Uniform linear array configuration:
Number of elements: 16
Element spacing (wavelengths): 0.75
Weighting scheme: binomial
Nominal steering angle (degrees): -15
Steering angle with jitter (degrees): -15.912
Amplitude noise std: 0.05
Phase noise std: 0.05

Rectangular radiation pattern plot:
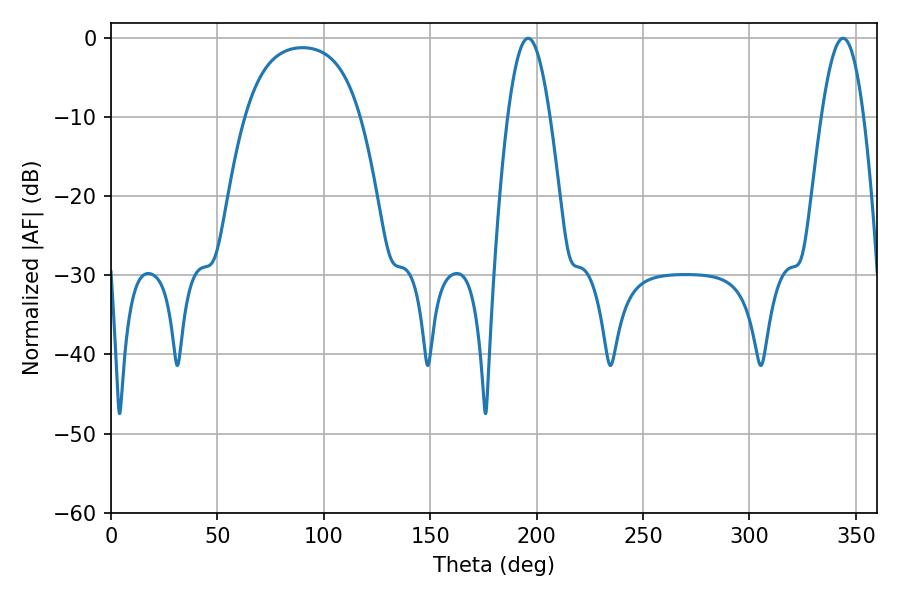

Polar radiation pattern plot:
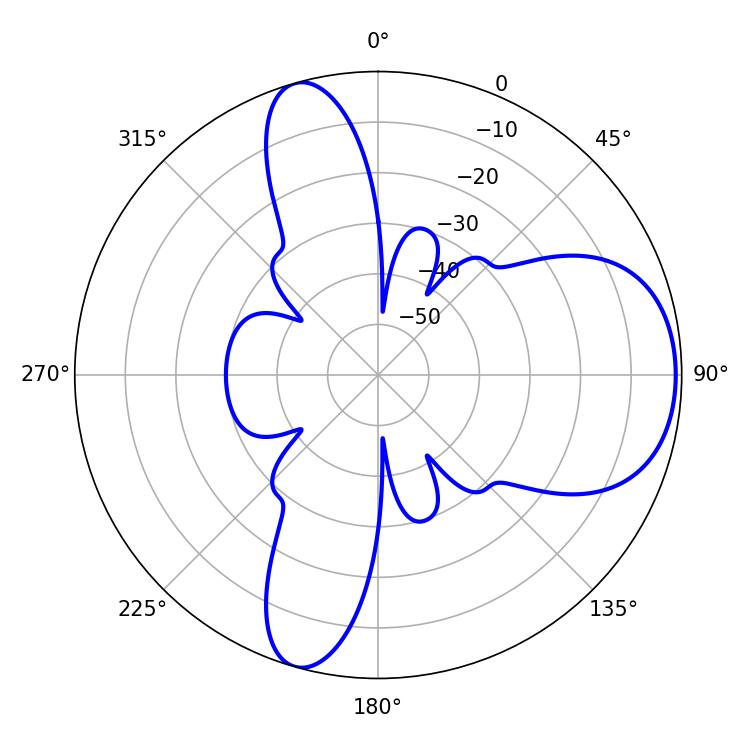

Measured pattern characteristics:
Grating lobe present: TRUE
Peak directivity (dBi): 7.425
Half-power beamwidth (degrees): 10.8
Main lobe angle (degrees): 196.02